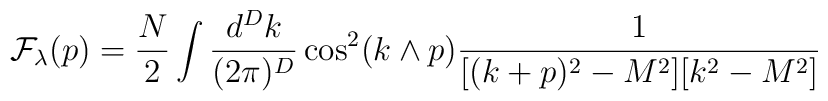
{\cal F}_\lambda(p)= \frac{N}{2}\int \frac{d^D k}{(2\pi)^D} \cos^2(k\wedge p)\frac{1}{[(k+p)^2-M^2] [k^2-M^2]}